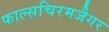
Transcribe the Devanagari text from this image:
फाल्सचिरमजैगर